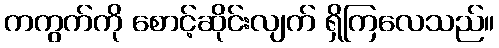
ကကွက်ကို စောင့်ဆိုင်းလျက် ရှိကြလေသည်။